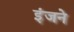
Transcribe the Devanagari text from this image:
इंजने